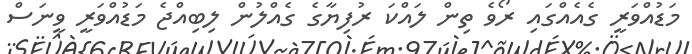
މަޑުއްވަރީ ގެއެއްގައި ރޯވެ ތިން ލައްކަ ރުފިޔާގެ ގެއްލުން ލިބިއްޖެ މަޑުއްވަރީ ވީނަސް